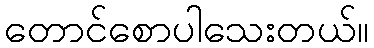
တောင်စောပါသေးတယ်။